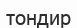
тондир